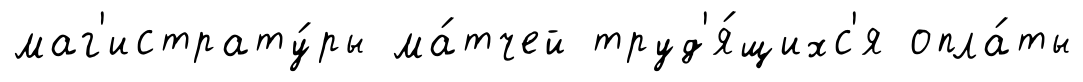
маг'истрату́ры ма́тчей труд'я́щихс'я опла́ты